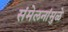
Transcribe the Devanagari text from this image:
संमेलनांमुळे